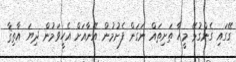
ގޭގައި ގެންގުޅޭ މީހާ ތަށިތައް ނަގަން ފެށުމުން އޭނާއަށް އެހީވަމުން ދިޔަ އާތިޤާ